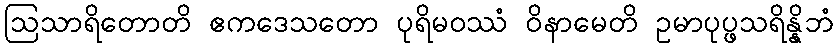
ဩသာရိတောတိ ဧကဒေသတော ပုရိမဝဿံ ဝိနာမေတိ ဥမာပုပ္ဖသရိန္နိဘံ